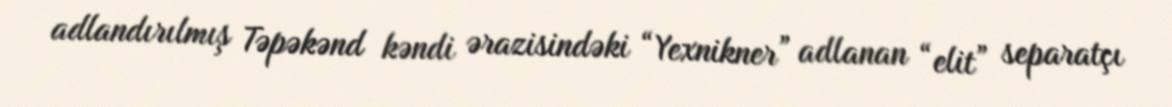
adlandırılmış Təpəkənd kəndi ərazisindəki “Yexnikner” adlanan “elit” separatçı